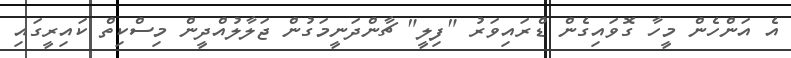
އެ އަންހެން މީހާ ގޮވައިގެން ޑްރައިވަރު "ފިލީ" ޗާންދަނީމަގުން ޖަލާލުއްދީން މިސްކިތް ކައިރީގައި